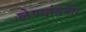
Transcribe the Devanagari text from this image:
लेण्यांसमोर